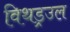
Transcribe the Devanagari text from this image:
विथड्रउल